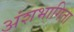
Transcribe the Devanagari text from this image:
अंशभागिता